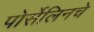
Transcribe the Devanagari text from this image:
पोर्सेलिनचे